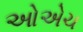
ઓએચ